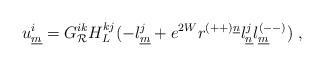
LaTeX: \begin{align*}u^i_{\underline{m}}= G^{ik}_{{\cal R}} H^{kj}_{L}(- l^j_{\underline{m}}+ e^{2W}r^{(++)\underline{n}}l^j_{\underline{n}}l^{(--)}_{\underline{m}} )~,\qquad\end{align*}